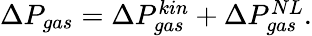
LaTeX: \begin{array}{r}{\Delta P_{gas}=\Delta P_{gas}^{kin}+\Delta P_{gas}^{NL}.}\end{array}